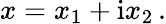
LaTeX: x=x_{1}+\mathrm{i}x_{2}\, .